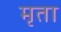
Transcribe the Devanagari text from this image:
मृता